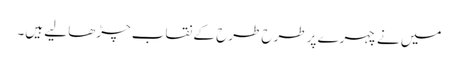
میں نے چہرے پر طرح طرح کے نقاب چڑھا لیے ہیں۔